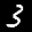
Label: 3